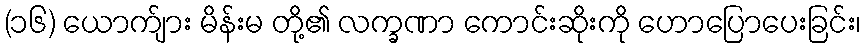
(၁၆) ယောက်ျား မိန်းမ တို့၏ လက္ခဏာ ကောင်းဆိုးကို ဟောပြောပေးခြင်း၊